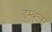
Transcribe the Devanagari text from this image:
डम्बल्स